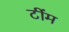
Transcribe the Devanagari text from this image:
टींम